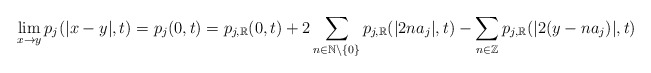
\begin{align*}\lim_{x\rightarrow y}p_{j}(|x-y|,t)=p_{j}(0,t) =p_{j,\mathbb{R}}(0,t)+2\sum_{n\in \mathbb{N}\setminus \{0\}} p_{j,\mathbb{R}}(|2na_j|,t) -\sum_{n\in \mathbb{Z}}p_{j,\mathbb{R}}(|2(y-na_j)|,t)\end{align*}